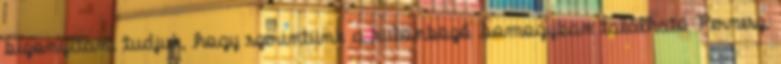
bizonyítani tudjuk, hogy szerintünk a különböző Somogyban található Pernesz,